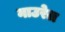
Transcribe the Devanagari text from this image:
नाउरेल